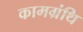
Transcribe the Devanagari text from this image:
कामग्रंथि